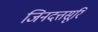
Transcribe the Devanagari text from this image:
जिनदत्तसूरि